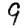
Digit: 9